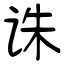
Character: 诛